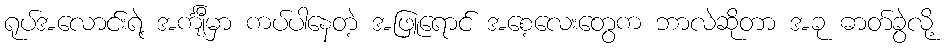
ရုပ်အလောင်းရဲ့ အင်္ကျီမှာ ကပ်ပါနေတဲ့ အဖြူရောင် အစေ့လေးတွေက ဘာလဲဆိုတာ အခု ဓာတ်ခွဲလို့